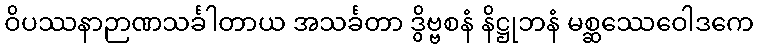
ဝိပဿနာဉာဏသင်္ခါတာယ အသင်္ခတာ ဒွိဗ္ဗစနံ နိဋ္ဌုဘနံ မစ္ဆဿေဝေါဒကေ